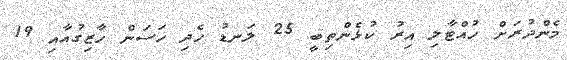
މެންދުރަށް ހުއްޓާލި އިރު ކުޅެންތިބީ 25 ލަނޑު ހެދި ހަސަން ހާޒިގުއާއި 19